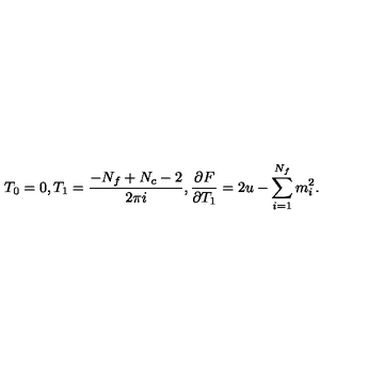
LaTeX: T _ { 0 } = 0 , T _ { 1 } = \frac { - N _ { f } + N _ { c } - 2 } { 2 \pi i } , \frac { \partial F } { \partial T _ { 1 } } = 2 u - \sum _ { i = 1 } ^ { N _ { f } } m _ { i } ^ { 2 } .